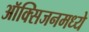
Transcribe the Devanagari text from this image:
ऑक्सिजनमध्ये